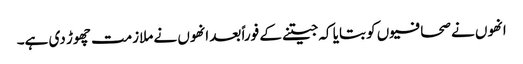
انھوں نے صحافیوں کو بتایا کہ جیتنے کے فوراً بعد انھوں نے ملازمت چھوڑ دی ہے۔